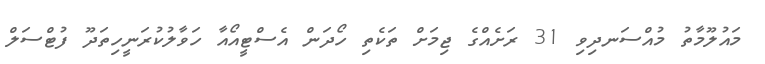
މައުލޫމާތު މުއްސަނދިވި 31 ރަށެއްގެ ޖިމަށް ތަކެތި ހޯދަން އެސްޓީއޯއާ ހަވާލުކުރަނީހިތަދޫ ފުޓްސަލް